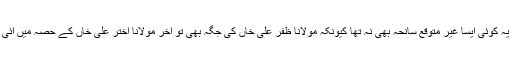
شاید یہ کوئی ایسا غیر متوقع سانحہ بھی نہ تھا کیونکہ مولانا ظفر علی خاں کی جگہ بھی تو آخر مولانا اختر علی خاں کے حصہ میں آئی تھی۔